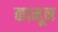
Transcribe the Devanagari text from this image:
कामून